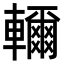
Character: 𮝭